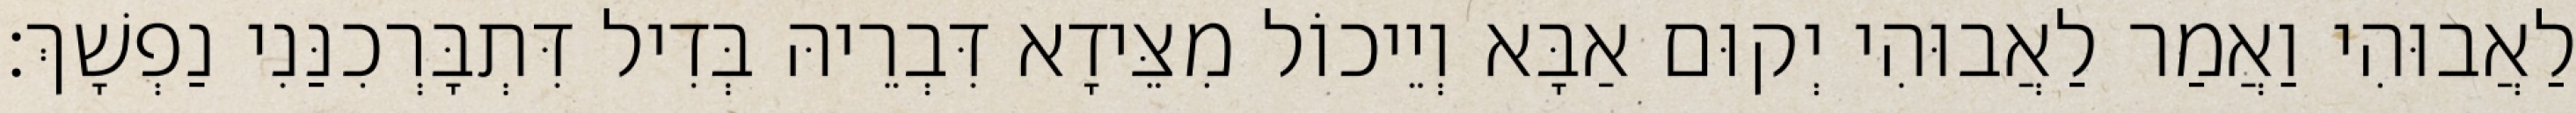
לַאֲבוּהִי וַאֲמַר לַאֲבוּהִי יְקוּם אַבָּא וְיֵיכוֹל מִצֵּידָא דִּבְרֵיהּ בְּדִיל דִּתְבָּרְכִנַּנִי נַפְשָׁךְ׃